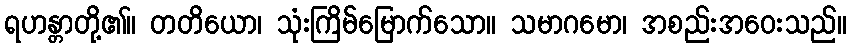
ရဟန္တာတို့၏။ တတိယော၊ သုံးကြိမ်မြောက်သော။ သမာဂမော၊ အစည်းအဝေးသည်။